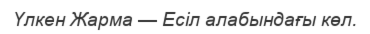
Үлкен Жарма — Есіл алабындағы көл.